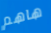
هاهم